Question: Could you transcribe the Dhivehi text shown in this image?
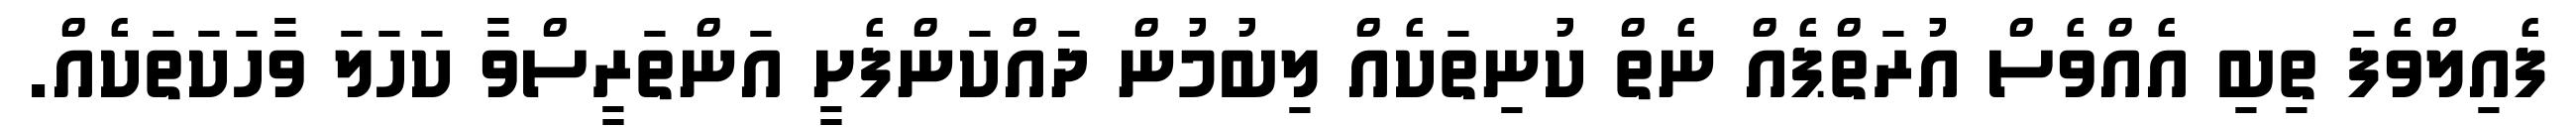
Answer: ފެއިލްވެފަ ތިބި އެއްވެސް އުރަތްޕެއް ނެތް ކުނިތަކެއް ލިބުމުން ދައްކަންފެށީ އަންތަރީސްވާ ކަހަލަ ވާހަކަތަކެއް.